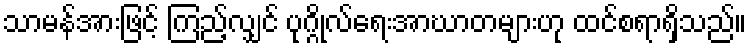
သာမန်အားဖြင့် ကြည့်လျှင် ပုဂ္ဂိုလ်ရေးအာဃာတများဟု ထင်စရာရှိသည်။